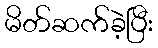
မိတ်ဆက်ခဲ့ပြီး